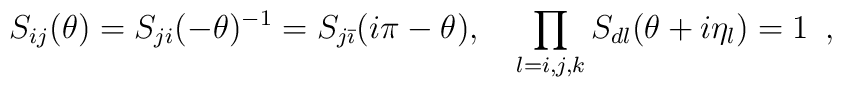
S_{ij}(\theta )=S_{ji}(-\theta )^{-1}=S_{j\bar{\imath}}(i\pi -\theta ),\quad\prod_{l=i,j,k}S_{dl}(\theta +i\eta _{l})=1\,\,\,,